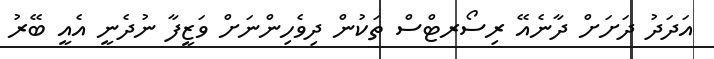
އަދަދު ދަށަށް ދާނެއޭ ރިސޯރޓްސް ތަކުން ދިވެހިންނަށް ވަޒީފާ ނުދެނީ އެއީ ބޭރު